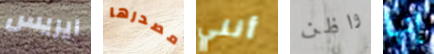
ايريس مصدرها أنني واظن إنها